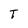
Character: T